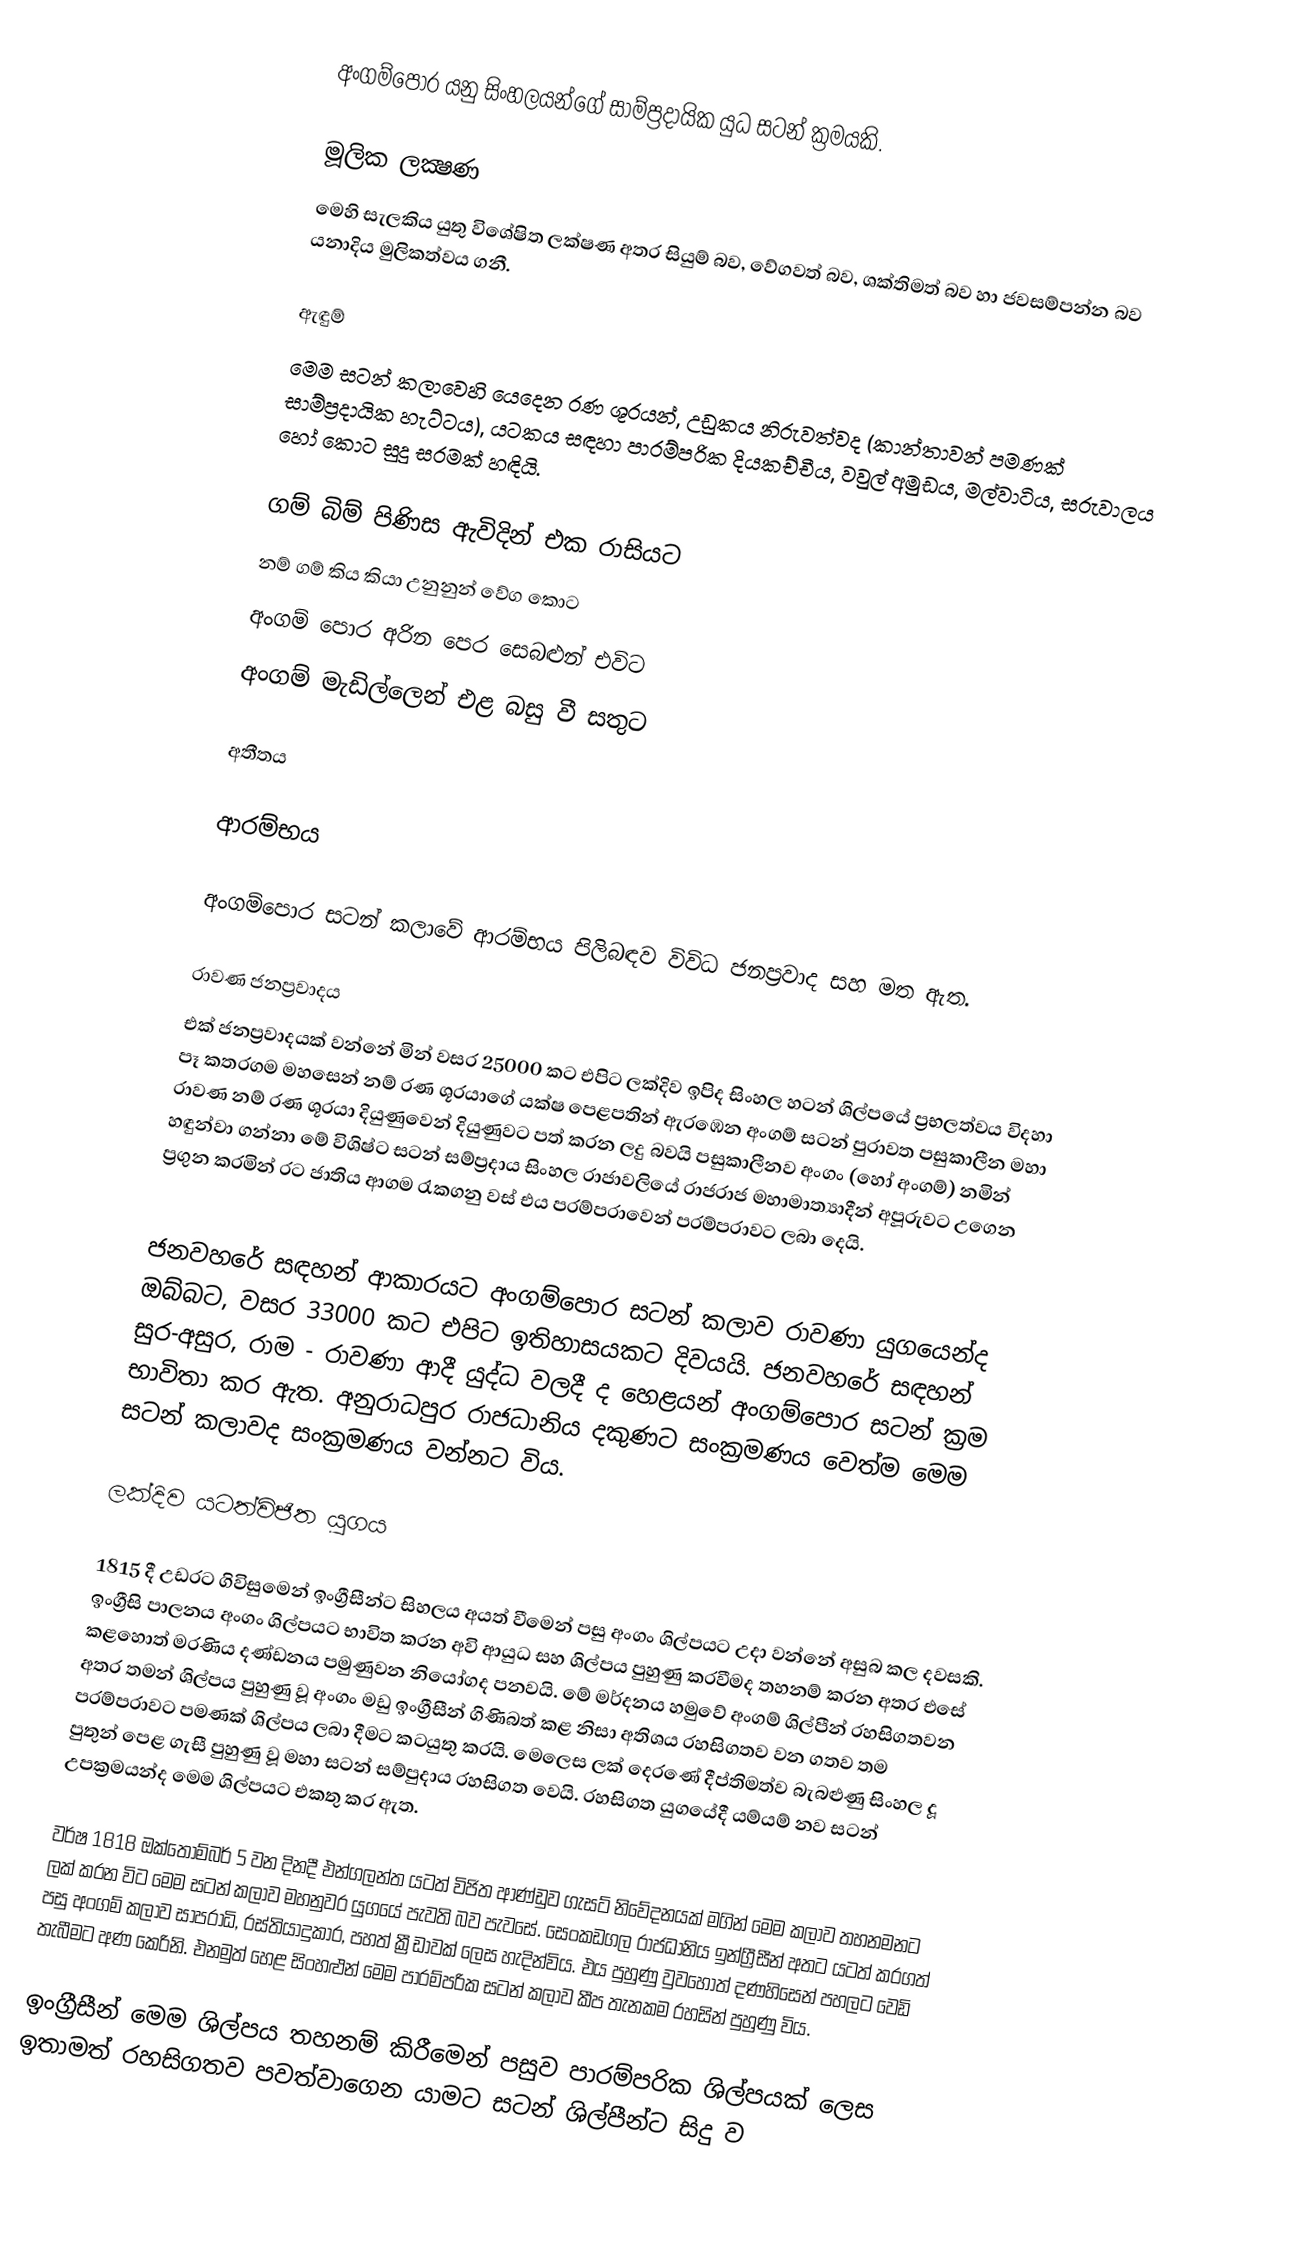
අංගම්පොර යනු සිංහලයන්ගේ සාම්ප්‍රදායික යුධ සටන් ක්‍රමයකි.

මූලික ලක්‍ෂණ
මෙහි සැලකිය යුතු විශේෂිත ලක්ෂණ අතර සියුම් බව, වේගවත් බව, ශක්තිමත් බව හා ජවසම්පන්න බව යනාදිය මුලිකත්වය ගනී.

ඇඳුම්
මෙම සටන් කලාවෙහි යෙදෙන රණ ශූරයන්, උඩුකය නිරුවත්වද (කාන්තාවන් පමණක් සාම්ප්‍රදායික හැට්ටය), යටකය සඳහා පාරම්පරික දියකච්චීය, වවුල් අමුඩය, මල්වාටිය, සරුවාලය හෝ කොට සුදු සරමක් හඳියි.

ගම් බිම් පිණිස ඇවිදින් එක රාසියට
නම් ගම් කිය කියා උනුනුන් වේග කොට
අංගම් පොර අරින පෙර සෙබළුන් එවිට
අංගම් මැඩිල්ලෙන් එළ බසු වී සතුට

අතීතය

ආරම්භය

අංගම්පොර  සටන් කලාවේ ආරම්භය පිලිබඳව විවිධ ජනප්‍රවාද සහ මත ඇත.

රාවණ ජනප්‍රවාදය
එක් ජනප්‍රවාදයක් වන්නේ මින් වසර 25000 කට එපිට ලක්දිව ඉපිද සිංහල හටන් ශිල්‍පයේ ප්‍රභලත්වය විදහා පෑ කතරගම මහසෙන් නම් රණ ශූරයාගේ යක්ෂ පෙළපතින් ඇරඹෙන අංගම් සටන් පුරාවත පසුකාලීන මහා රාවණ නම් රණ ශූරයා දියුණුවෙන් දියුණුවට පත් කරන ලදු බවයි පසුකාලීනව අංගං (හෝ අංගම්) නමින් හඳුන්වා ගන්නා මේ විශිෂ්ට සටන් සම්ප්‍රදාය සිංහල රාජාවලියේ රාජරාජ  මහාමාත්‍යාදීන් අපූරුවට උගෙන ප්‍රගුන කරමින් රට ජාතිය ආගම රැකගනු වස් එය පරම්පරාවෙන් පරම්පරාවට ලබා දෙයි.

ජනවහරේ සඳහන් ආකාරයට අංගම්පොර සටන් කලාව  රාවණා යුගයෙන්ද ඔබ්බට, වසර 33000 කට එපිට ඉතිහාසයකට දිවයයි. ජනවහරේ සඳහන් සුර-අසුර, රාම - රාවණා ආදී යුද්ධ වලදී ද හෙළයන් අංගම්පොර සටන් ක්‍රම භාවිතා කර ඇත. අනුරාධපුර රාජධානිය දකුණට සංක්‍රමණය වෙත්ම මෙම සටන් කලාවද සංක්‍රමණය වන්නට විය.

ලක්දිව යටත්විජිත  යුගය

1815 දී උඩරට ගිවිසුමෙන් ඉංග්‍රීසීන්ට සිහලය අයත් වීමෙන් පසු අංගං ශිල්පයට උදා වන්නේ අසුබ කල දවසකි. ඉංග්‍රීසි පාලනය අංගං ශිල්පයට භාවිත කරන අවි ආයුධ සහ ශිල්පය පුහුණු කරවීමද තහනම් කරන අතර එසේ කළහොත්  මරණිය දණ්ඩනය පමුණුවන නියෝගද පනවයි. මේ මර්දනය හමුවේ අංගම් ශිල්පීන් රහසිගතවන අතර තමන් ශිල්පය පුහුණු වූ අංගං මඩු ඉංග්‍රීසීන් ගිණිබත් කළ නිසා අතිශය රහසිගතව වන ගතව තම පරම්පරා‍වට පමණක් ශිල්පය ලබා දීමට කටයුතු කරයි. මෙලෙස ලක් දෙරණේ දීප්තිමත්ව බැබළුණු සිංහල දූ පුතුන් පෙළ ගැසී පුහුණු වූ මහා සටන් සම්පුදාය රහසිගත වෙයි. රහසිගත යුගයේදී යම්යම් නව සටන් උපක්‍රමයන්ද මෙම ශිල්පයට එකතු කර ඇත.

වර්ෂ 1818 ඔක්තෝම්බර් 5 වන දිනදී එන්ගලන්ත යටත් විජිත ආණ්ඩුව ගැසට් නිවේදනයක් මගින් මෙම කලාව තහනමනට ලක් කරන විට මෙම සටන් කලාව මහනුවර යුගයේ පැවති බව පැවසේ. සෙංකඩගල රාජධානිය ඉන්ග්‍රීසීන් අතට යටත් කරගත් පසු අංගම් කලාව සාපරාධි, රස්තියාදුකාර, පහත් ක්‍රීඩාවක් ලෙස හැදින්විය. එය පුහුණු වුවහොත් දණහිසෙන් පහලට වෙඩි තැබීමට අණ කෙරිනි. එනමුත් හෙළ සිංහළුන් මෙම පාරම්පරික සටන් කලාව කීප තැනකම රහසින් පුහුණු විය.

ඉංග්‍රීසීන් මෙම ශිල්පය තහනම් කිරීමෙන් පසුව පාරම්පරික ශිල්පයක් ලෙස ඉතාමත් රහසිගතව පවත්වාගෙන යාමට සටන් ශිල්පීන්ට සිදු ව